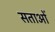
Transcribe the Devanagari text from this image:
सताओं